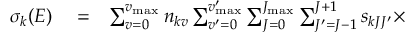
\begin{array} { r l r } { \sigma _ { k } ( E ) } & { { } = } & { \sum _ { v = 0 } ^ { v _ { \mathrm { m a x } } } n _ { k v } \sum _ { v ^ { \prime } = 0 } ^ { v _ { \mathrm { m a x } } ^ { \prime } } \sum _ { J = 0 } ^ { J _ { \mathrm { m a x } } } \sum _ { J ^ { \prime } = J - 1 } ^ { J + 1 } s _ { k J J ^ { \prime } } \times } \end{array}